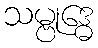
သမ္ဗုဒ္ဓေ